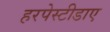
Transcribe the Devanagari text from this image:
हरपेस्टीडाए